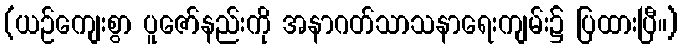
(ယဉ်ကျေးစွာ ပူဇော်နည်းကို အနာဂတ်သာသနာရေးကျမ်း၌ ပြထားပြီ။)